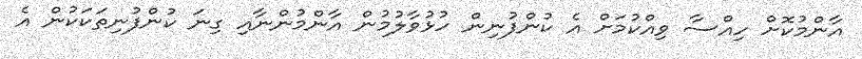
އާންމުކޮށް ހިއްސާ ވިއްކުމަށް އެ ކުންފުނިން ހުޅުވާލުމުން އާންމުންނާއި ގިނަ ކުންފުނިތަކަކުން އެ